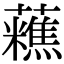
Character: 𧄝